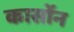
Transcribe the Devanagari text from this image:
कार्सोन